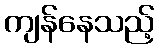
ကျန်နေသည့်